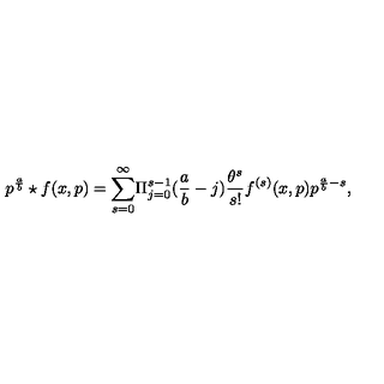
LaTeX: { p ^ { \frac { a } { b } } \star f ( x , p ) } = { \sum _ { s = 0 } ^ { \infty } } { \Pi _ { j = 0 } ^ { s - 1 } } ( { \frac { a } { b } } - j ) { \frac { \theta ^ { s } } { s ! } } f ^ { ( s ) } ( x , p ) p ^ { \frac { a } { b } - s } ,